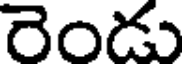
రెండు